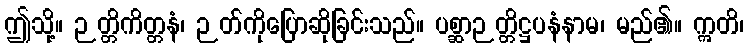
ဤသို့။ ဉတ္တိကိတ္တနံ၊ ဉတ်ကိုပြောဆိုခြင်းသည်။ ပစ္ဆာဉတ္တိဋ္ဌပနံနာမ၊ မည်၏။ ဣတိ၊